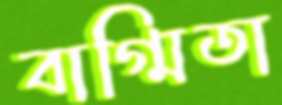
বাগ্মিতা